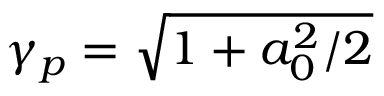
\gamma _ { p } = \sqrt { 1 + a _ { 0 } ^ { 2 } / 2 }